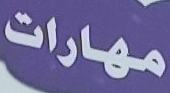
مهارات